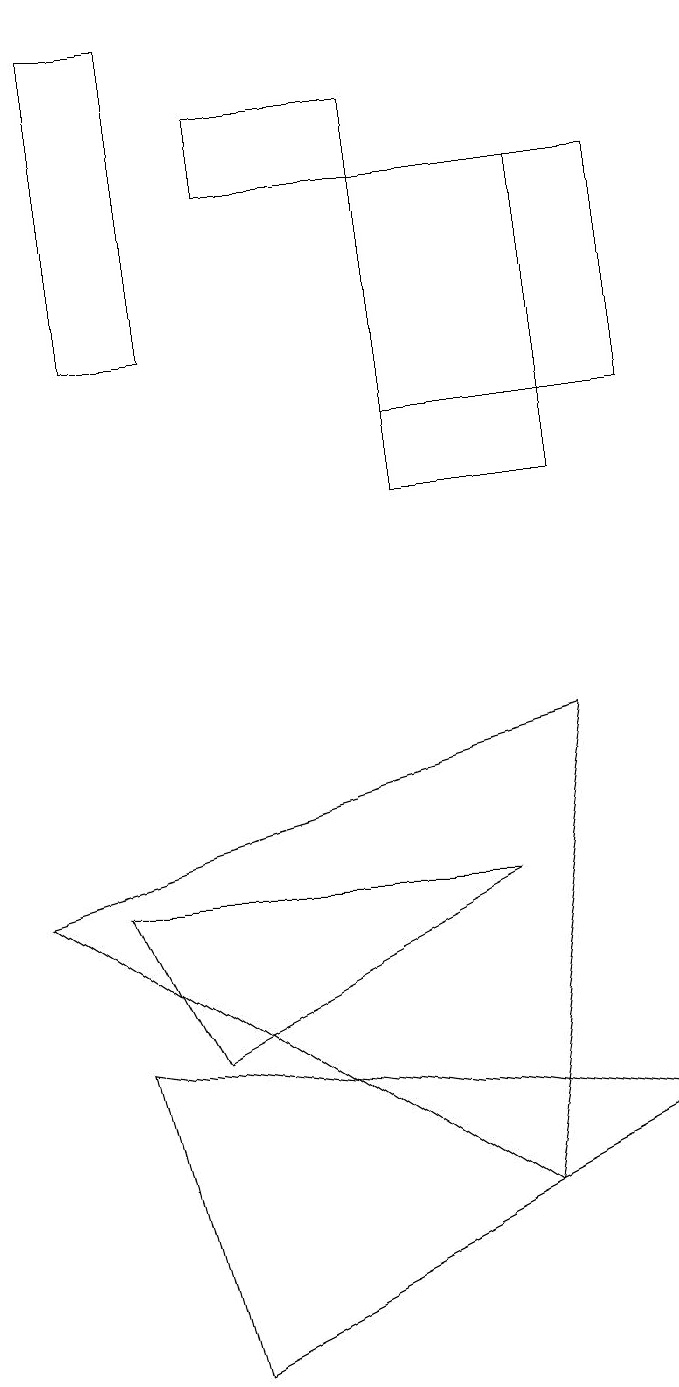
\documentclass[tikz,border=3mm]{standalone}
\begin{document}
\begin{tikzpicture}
\draw (6,12) rectangle (9,15);
\draw (6,11) rectangle (8,15);
\draw (9,3) -- (2,4) -- (3,0) -- cycle;
\draw (3,4) -- (7,6) -- (2,6) -- cycle;
\draw (8,8) -- (7,2) -- (1,6) -- cycle;
\draw (4,15) rectangle (6,16);
\draw (3,13) rectangle (2,17);
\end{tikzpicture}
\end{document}